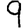
Digit: 9